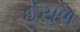
ઈયળ